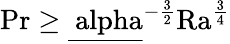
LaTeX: \mathrm{{Pr}\geq\underline{{\ alpha}}^{-\frac{3}{2}}\mathrm{{Ra}}^{\frac{3}{4}}}